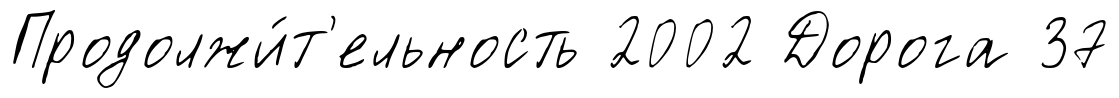
Продолжи́т'ельность 2002 Дорога 37